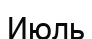
Июль